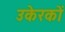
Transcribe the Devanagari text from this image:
उकेरकों